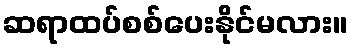
ဆရာထပ်စစ်ပေးနိုင်မလား။